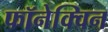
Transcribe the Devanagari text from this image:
फॉनेक्विन